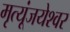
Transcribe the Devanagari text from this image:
मृत्यूंजयेश्वर